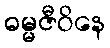
ဓမ္မဇီဝိနေ